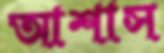
আশাস